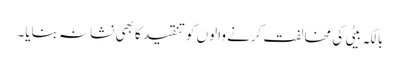
بالکہ بیٹی کی مخالفت کرنے والوں کو تنقید کا بھی نشانہ بنایا۔